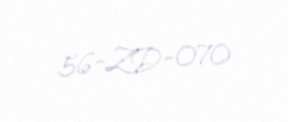
56-ZD-070